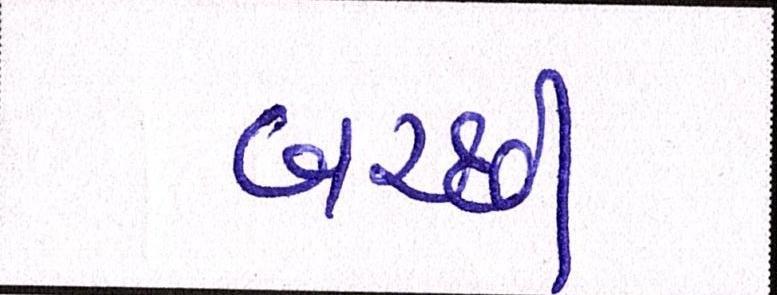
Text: બરછી